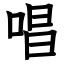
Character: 唱